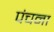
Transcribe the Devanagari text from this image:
पंचना